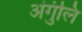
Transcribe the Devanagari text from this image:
अंगुंलि